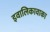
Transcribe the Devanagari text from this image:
इवालिकावाका